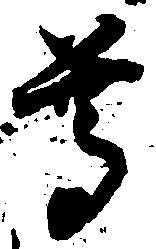
尊